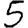
Digit: 5